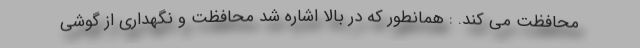
محافظت می کند. : همانطور که در بالا اشاره شد محافظت و نگهداری از گوشی